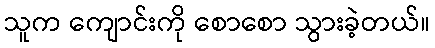
သူက ကျောင်းကို စောစော သွားခဲ့တယ်။